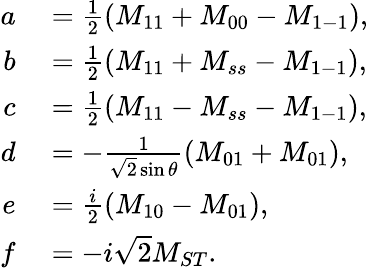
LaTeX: \begin{array}{rl}{a}&{{}=\frac{1}{2}(M_{11}+M_{00}-M_{1-1}),}\\ {b}&{{}=\frac{1}{2}(M_{11}+M_{ss}-M_{1-1}),}\\ {c}&{{}=\frac{1}{2}(M_{11}-M_{ss}-M_{1-1}),}\\ {d}&{{}=-\frac{1}{\sqrt{2}\sin\theta}(M_{01}+M_{01}),}\\ {e}&{{}=\frac{i}{2}(M_{10}-M_{01}),}\\ {f}&{{}=-i\sqrt{2}M_{ST}.}\end{array}